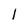
Character: I